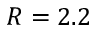
R = 2 . 2